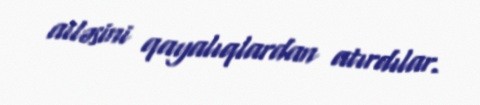
ailəsini qayalıqlardan atırdılar.